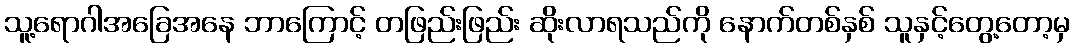
သူ့ရောဂါအခြေအနေ ဘာကြောင့် တဖြည်းဖြည်း ဆိုးလာရသည်ကို နောက်တစ်နှစ် သူနှင့်တွေ့တော့မှ